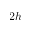
2 h